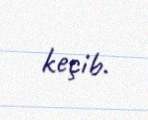
keçib.